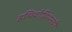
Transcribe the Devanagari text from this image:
इथियोपियनची